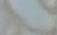
الثامن